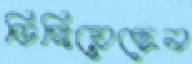
ডিঙ্গিয়েছেন